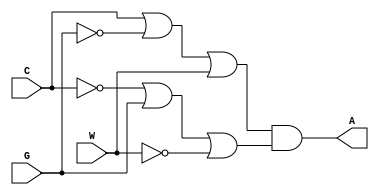
module lab3step1(A, C, G, W);
	output A;
	input C, G, W;
	
	not(X, C); // L = ~C
	not(F, G); // F = ~G
	not(Q, W); //Q = ~W
	or(S, C, F, W); //S = C| ~G | W
	or(R, X, G, Q); //R = ~C | G | ~w
	and(A, S, R);

endmodule